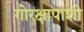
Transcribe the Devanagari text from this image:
गोरक्षापाशी